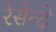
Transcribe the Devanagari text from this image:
रेसेन्दे